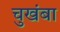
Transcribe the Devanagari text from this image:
चुखंबा